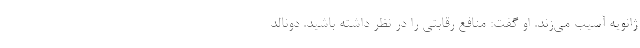
ژانویه آسیب می‌زند. او گفت: منافع رقابتی را در نظر داشته باشید. دونالد